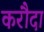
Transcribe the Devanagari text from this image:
करौदा